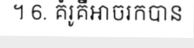
។ 6. គំរូគឺអាចរកបាន